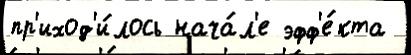
пр'иход'и́лось нача́л'е эфф'е́кта